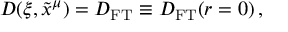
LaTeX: D ( \xi , \tilde { x } ^ { \mu } ) = D _ { \mathrm { F T } } \equiv D _ { \mathrm { F T } } ( r = 0 ) \, ,